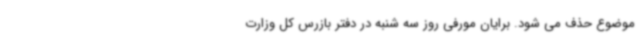
موضوع حذف می شود. برایان مورفی روز سه شنبه در دفتر بازرس کل وزارت